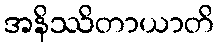
အနိဿိတာယာတိ